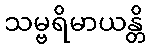
သမ္ဗရိမာယန္တိ